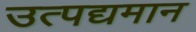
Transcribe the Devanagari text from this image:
उत्पद्यमान